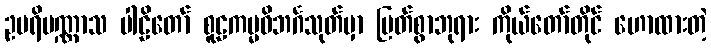
ဥပရိပဏ္ဏာသ ပါဠိတော် စူဠကမ္မဝိဘင်္ဂသုတ်မှာ မြတ်စွာဘုရား ကိုယ်တော်တိုင် ဟောထားတဲ့